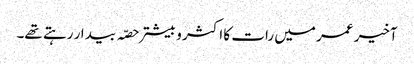
آخیر عمر میں رات کا اکثر و بیشتر حصّہ بیدار رہتے تھے۔